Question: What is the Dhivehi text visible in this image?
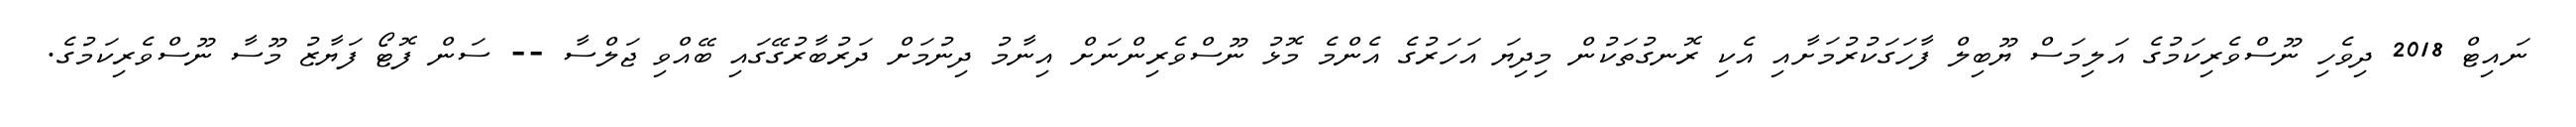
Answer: ނައިޓް 2018 ދިވެހި ނޫސްވެރިކަމުގެ އަލިމަސް ޔޫބިލް ފާހަގަކުރުމަށާއި އެކި ރޮނގުތަކުން މިދިޔަ އަހަރުގެ އެންމެ މޮޅު ނޫސްވެރިންނަށް އިނާމު ދިނުމަށް ދަރުބާރުގޭގައި ބޭއްވި ޖަލްސާ -- ސަން ފޮޓޯ ފަޔާޒު މޫސާ ނޫސްވެރިކަމުގެ.